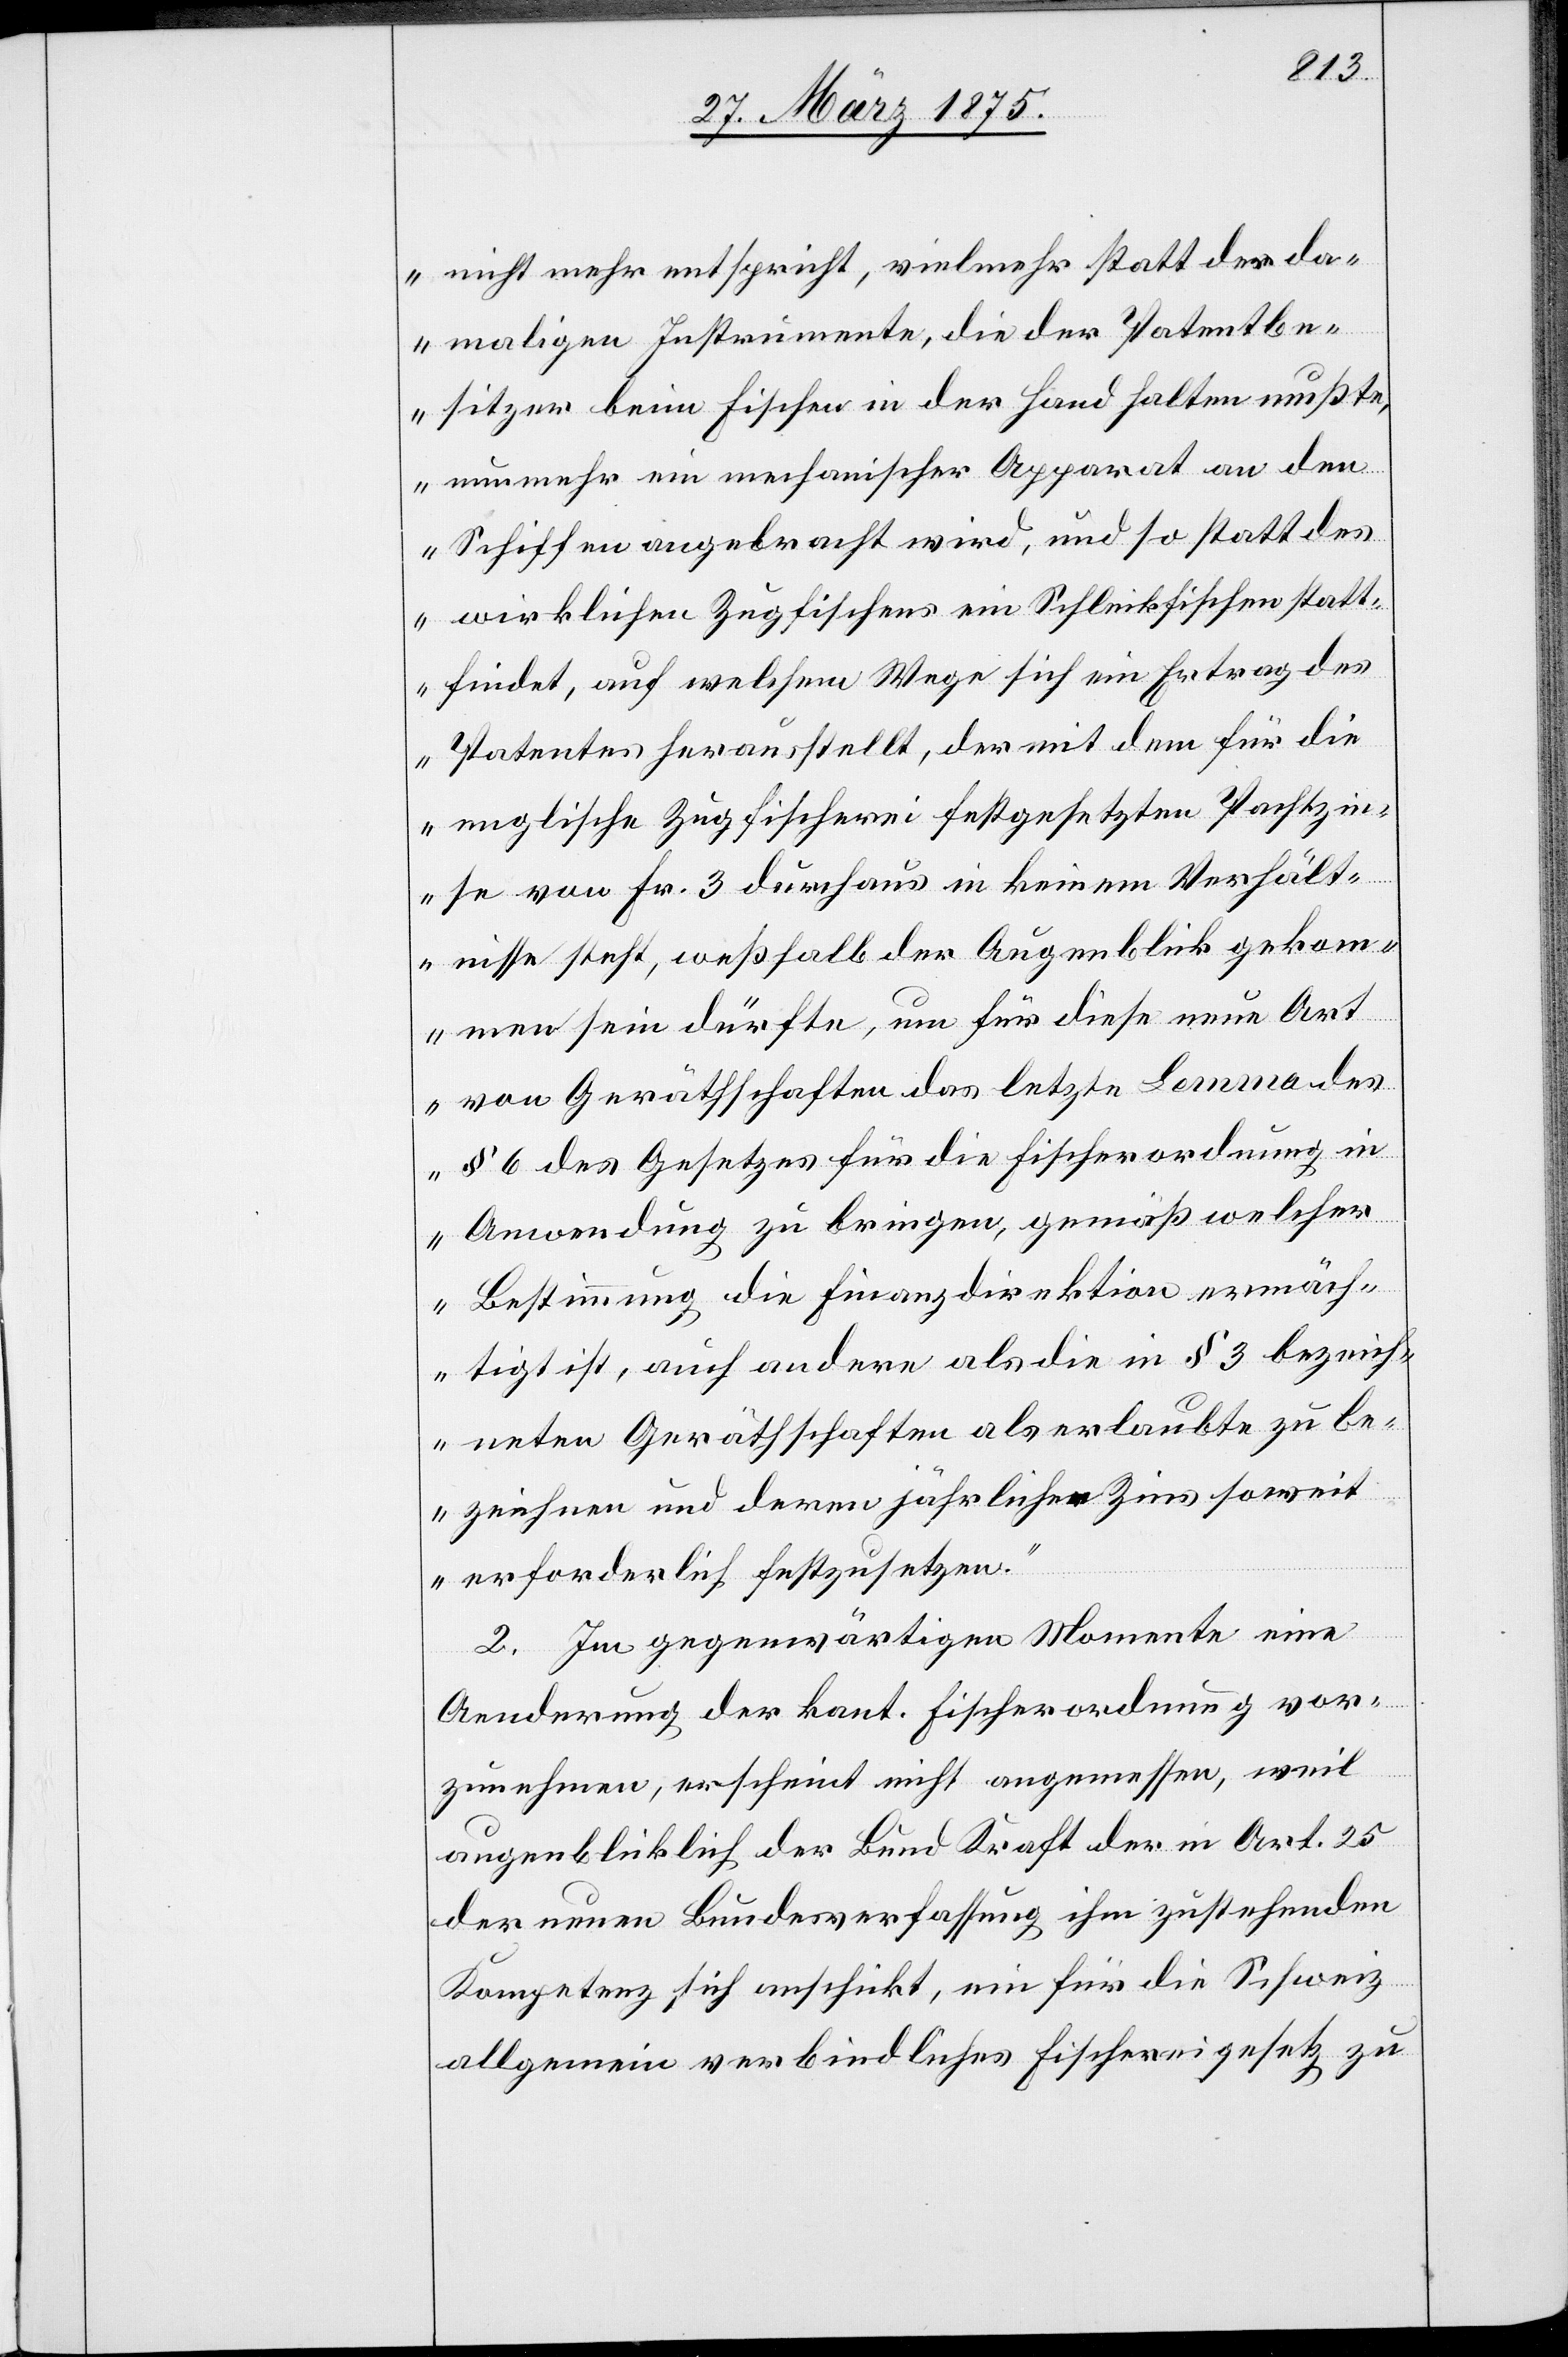
nicht mehr entspricht, vielmehr statt der da¬
maligen Instrumente, die der Patentbe¬
sitzer beim Fischen in der Hand halten mußte,
nunmehr ein mechanischer Apparat an den
Schiffen angebracht wird, und so statt des
wirklichen Zugfischens ein Schleikfischen statt¬
findet, auf welchem Wege sich ein Ertrag des
Patentes herausstellt, der mit dem für die
englische Zugfischerei festgesetzten Pachtzin¬
se von Fr. 3 durchaus in keinem Verhält¬
nisse steht, weßhalb der Augenblick gekom¬
men sein dürfte, um für diese neue Art
von Gerätschaften das letzte Lemma des
§ 6 des Gesetzes für die Fischerordnung in
Anwendung zu bringen, gemäß welcher
Bestimmung die Finanzdirektion ermäch¬
tigt ist, auch anderen als die in § 3 bezeich¬
neten Gerätschaften als erlaubte zu be¬
zeichnen und deren jährlichen Zins soweit
erforderlich festzusetzen.“
2. In gegenwärtigem Momente eine
Aenderung der kant. Fischerordnung vor¬
zunehmen, erscheint nicht angemessen, weil
augenblicklich der Bund Kraft der in Art. 25
der neuen Bundesverfassung ihm zustehenden
Kompetenz sich anschickt, ein für die Schweiz
allgemein verbindliches Fischereigesetz zu